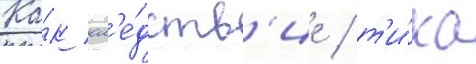
Ка́к сл'е́дств'ие / т'и́ка